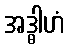
အဒ္ဓါဟံ